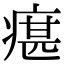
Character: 瘎